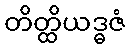
တိတ္ထိယဒ္ဓဇံ